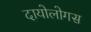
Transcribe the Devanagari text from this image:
दायोलोगस